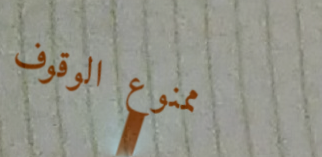
ممنوع الوقوف